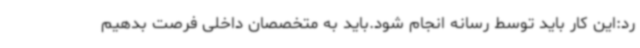
رد:این کار باید توسط رسانه انجام شود.باید به متخصصان داخلی فرصت بدهیم